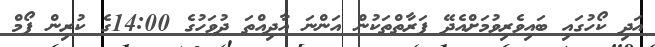
އަދި ކޯހުގައި ބައިވެރިވުމަށްއެދޭ ފަރާތްތަކުން އަންނަ އާދިއްތަ ދުވަހުގެ 14:00ގެ ކުރިން ފޯމް